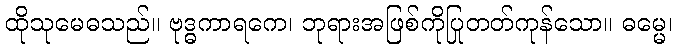
ထိုသုမေဓသည်။ ဗုဒ္ဓကာရကေ၊ ဘုရားအဖြစ်ကိုပြုတတ်ကုန်သော။ ဓမ္မေ၊